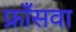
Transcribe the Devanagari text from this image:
फ्राँसवा